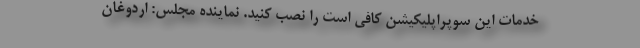
خدمات این سوپراپلیکیشن کافی است را نصب کنید. نماینده مجلس: اردوغان